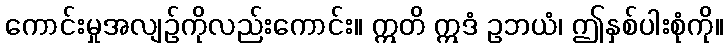
ကောင်းမှုအလျဉ်ကိုလည်းကောင်း။ ဣတိ ဣဒံ ဥဘယံ၊ ဤနှစ်ပါးစုံကို။